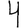
Digit: 4